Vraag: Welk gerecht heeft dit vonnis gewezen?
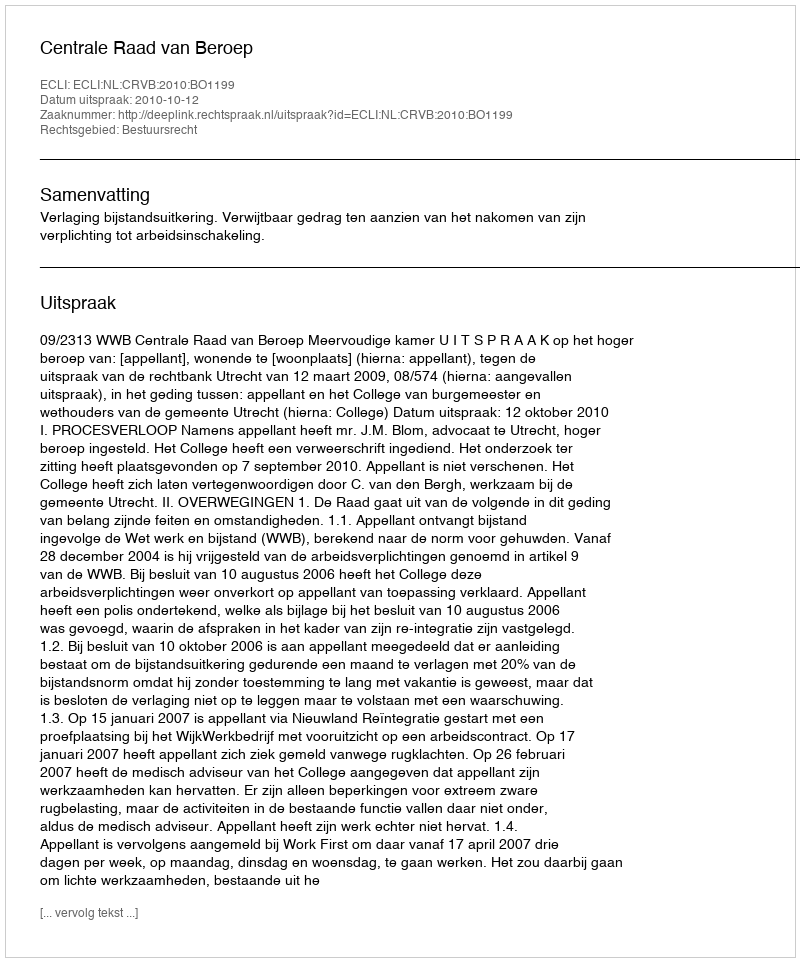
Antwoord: Centrale Raad van Beroep